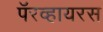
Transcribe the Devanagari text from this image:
पॅरव्हायरस